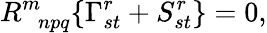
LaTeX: R_{\; \; npq}^{m}\{ \Gamma_{st}^{r}+S_{st}^{r}\} =0,